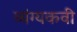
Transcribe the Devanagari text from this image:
व्यंग्यकवी